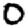
Digit: 0